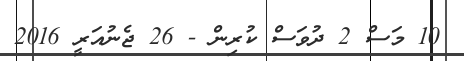
10 މަސް 2 ދުވަސް ކުރިން - 26 ޖެނުއަރީ 2016